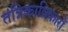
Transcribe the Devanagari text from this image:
तंत्रिकाविकारों